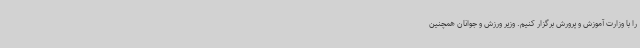
را با وزارت آموزش و پرورش برگزار کنیم. وزیر ورزش و جوانان همچنین